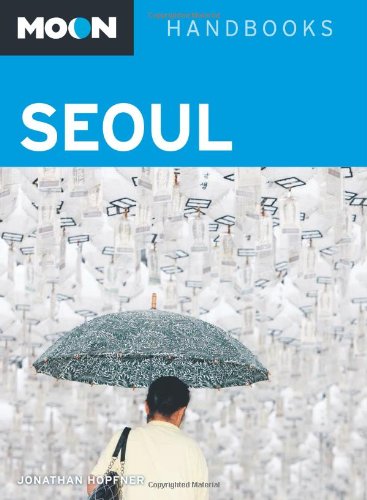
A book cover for Moon Seoul (Moon Handbooks); Jonathan Hopfner; Travel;